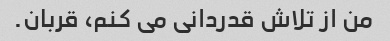
من از تلاش قدردانی می کنم، قربان.